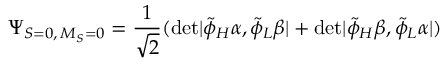
\Psi _ { S = 0 , \, M _ { S } = 0 } = \frac { 1 } { \sqrt 2 } ( \mathrm { d e t } | \tilde { \phi } _ { H } \alpha , \tilde { \phi } _ { L } \beta | + \mathrm { d e t } | \tilde { \phi } _ { H } \beta , \tilde { \phi } _ { L } \alpha | )